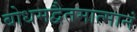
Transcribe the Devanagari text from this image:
बोधमद्वैतमात्मानं